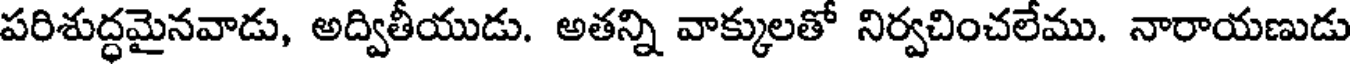
పరిశుద్ధమైనవాడు, అద్వితీయుడు. అతన్ని వాక్కులతో నిర్వచించలేము. నారాయణుడు